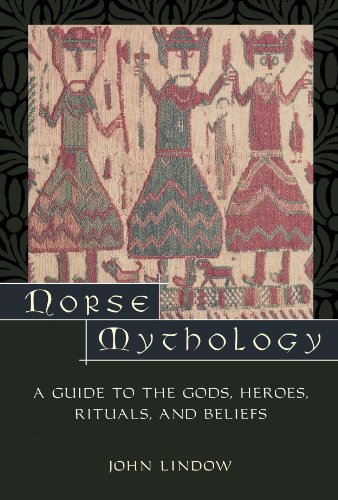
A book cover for Norse Mythology: A Guide to Gods, Heroes, Rituals, and Beliefs; John Lindow; Literature & Fiction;